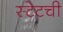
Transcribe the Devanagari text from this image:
स्टेटची